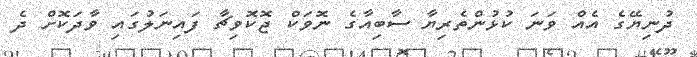
ދުނިޔޭގެ އެެއް ވަނަ ކުޅުންތެރިޔާ ސާބިއާގެ ނޮވަކް ޖޮކޮވިޗާ ފައިނަލުގައި ވާދަކޮށް ދެ